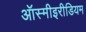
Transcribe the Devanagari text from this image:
ऑस्मीइरीडियम